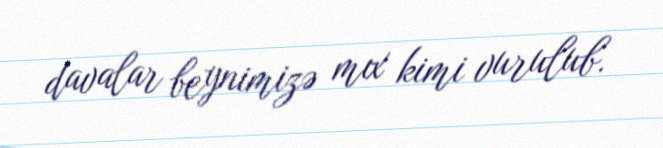
davalar beynimizə mıx kimi vurulub.